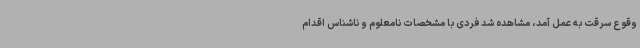
وقوع سرقت به عمل آمد، مشاهده شد فردی با مشخصات نامعلوم و ناشناس اقدام